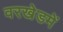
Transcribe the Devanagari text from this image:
वरखेडमें